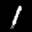
Label: 1